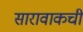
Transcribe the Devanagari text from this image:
सारावाकची